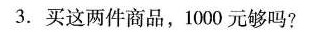
3. 买这两件商品，1000元够吗?